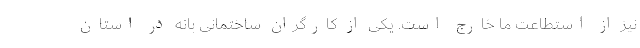
نیز از استطاعت ما خارج است. یکی از کارگران ساختمانی بانه در استان